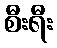
စီးရီး